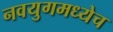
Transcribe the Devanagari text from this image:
नवयुगमध्येच